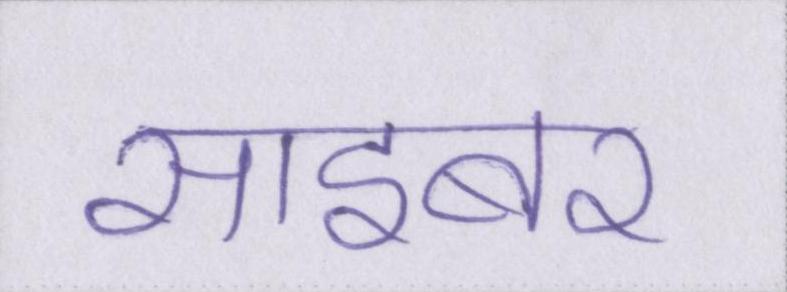
साइबर